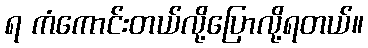
ရ ကံကောင်းတယ်လို့ပြောလို့ရတယ်။